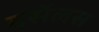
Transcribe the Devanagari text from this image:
वर्सेलस